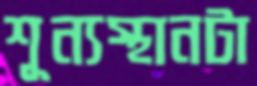
শূন্যস্থানটা